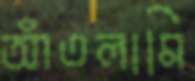
আঁতলামি